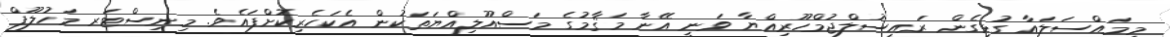
މިމައްސަލައާ ގުޅިގެން ރައީސުލްޖުމްހޫރިއްޔާ ވަނީ އޭނާ މަޤާމުގެ މަސްއޫލިއްޔަތަކުން އެކަހެރިކޮށްފައެވެ. މިނިސްޓަރ މަހުލޫފް